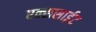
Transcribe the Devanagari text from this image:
एक्ससाईट